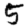
Digit: 5